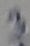
Text: 3